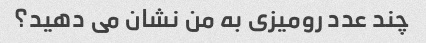
چند عدد رومیزی به من نشان می دهید؟